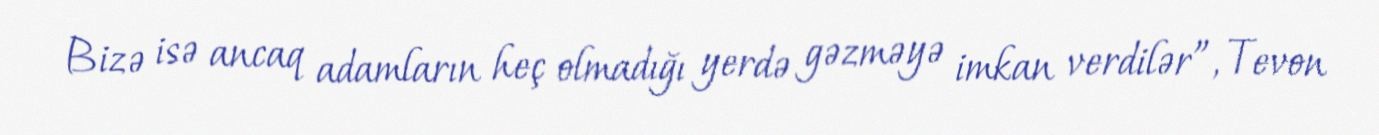
Bizə isə ancaq adamların heç olmadığı yerdə gəzməyə imkan verdilər”, Tevon